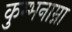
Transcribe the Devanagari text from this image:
कुम्भनाम्ना